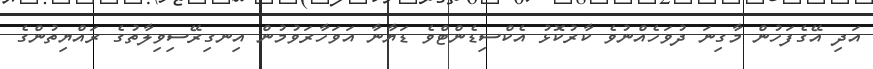
އަދި އޭގެފަހުން މާގިނަ ދުވަހެއްނުވެ ކާރުކޮޅު އެކްސިޑެންޓްވެ ޑަޔާނާ އަވަހާރަވުމުން އިނގިރޭސިވިލާތުގެ ރައްޔިތުންގެ